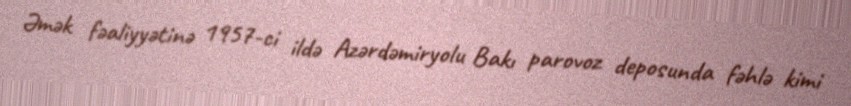
Əmək fəaliyyətinə 1957-ci ildə Azərdəmiryolu Bakı parovoz deposunda fəhlə kimi